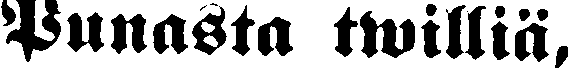
Punasta twilliä,